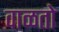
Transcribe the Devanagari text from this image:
वाळतो